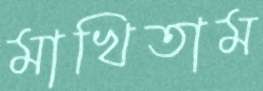
মাখিতাম